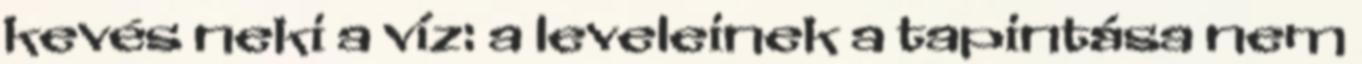
kevés neki a víz: a leveleinek a tapintása nem